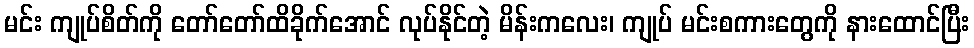
မင်း ကျုပ်စိတ်ကို တော်တော်ထိခိုက်အောင် လုပ်နိုင်တဲ့ မိန်းကလေး၊ ကျုပ် မင်းစကားတွေကို နားထောင်ပြီး